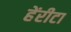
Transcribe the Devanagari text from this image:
हेंरीटा